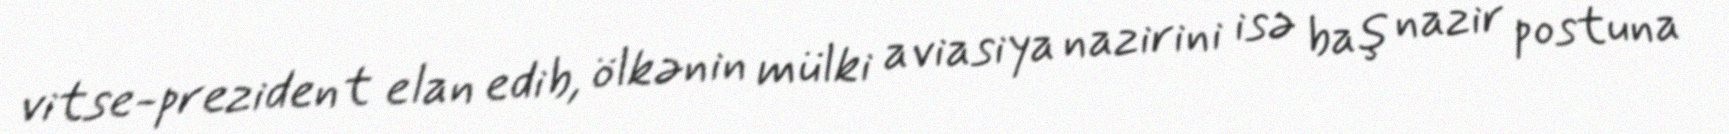
vitse-prezident elan edib, ölkənin mülki aviasiya nazirini isə baş nazir postuna